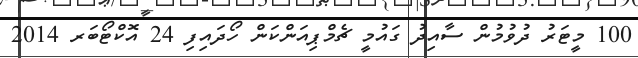
100 މީޓަރު ދުވުމުން ސާއިދު ގައުމީ ޗެމްޕިއަންކަން ހޯދައިފި 24 އޮކްޓޯބަރ 2014